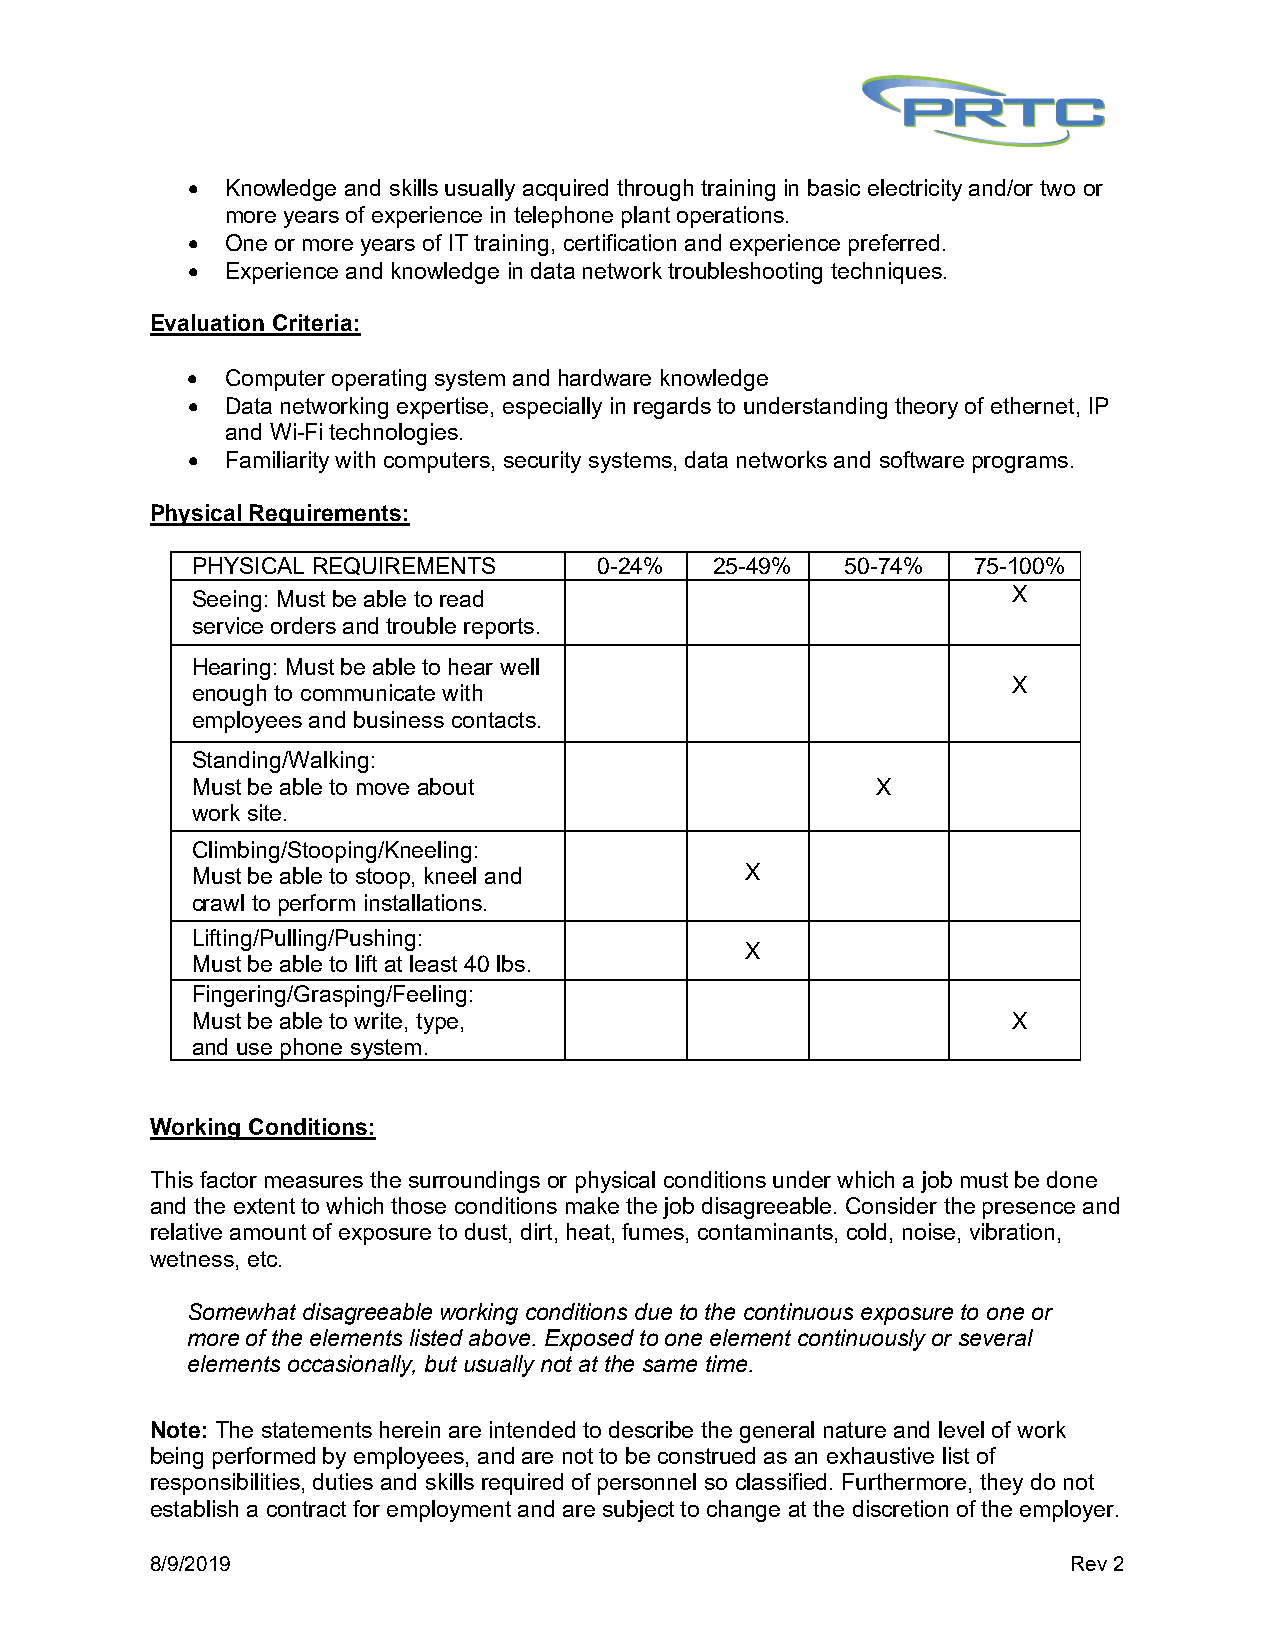
•  Knowledge and skills usually acquired through training in basic electricity and/or two or
 more years of experience in telephone plant operations.
 •  One or more years of IT training, certification and experience preferred.
 •  Experience and knowledge in data network troubleshooting techniques.
 Evaluation Criteria:
 •  Computer operating system and hardware knowledge
 •  Data networking expertise, especially in regards to understanding theory of ethernet, IP
 and Wi-Fi technologies.
 •  Familiarity with computers, security systems, data networks and software programs.
 Physical Requirements:
 PHYSICAL REQUIREMENTS      0-24%  25-49%   50-74%  75-100%
 Seeing: Must be able to read                          X
 service orders and trouble reports.
 Hearing: Must be able to hear well
 X
 enough to communicate with
 employees and business contacts.
 Standing/Walking:
 Must be able to move about                   X
 work site.
 Climbing/Stooping/Kneeling:
 Must be able to stoop, kneel and    X
 crawl to perform installations.
 Lifting/Pulling/Pushing:
 X
 Must be able to lift at least 40 lbs.
 Fingering/Grasping/Feeling:
 Must be able to write, type,                          X
 and use phone system.
 Working Conditions:
 This factor measures the surroundings or physical conditions under which a job must be done
 and the extent to which those conditions make the job disagreeable. Consider the presence and
 relative amount of exposure to dust, dirt, heat, fumes, contaminants, cold, noise, vibration,
 wetness, etc.
 Somewhat disagreeable working conditions due to the continuous exposure to one or
 more of the elements listed above. Exposed to one element continuously or several
 elements occasionally, but usually not at the same time.
 Note: The statements herein are intended to describe the general nature and level of work
 being performed by employees, and are not to be construed as an exhaustive list of
 responsibilities, duties and skills required of personnel so classified. Furthermore, they do not
 establish a contract for employment and are subject to change at the discretion of the employer.
 8/9/2019                                                     Rev 2